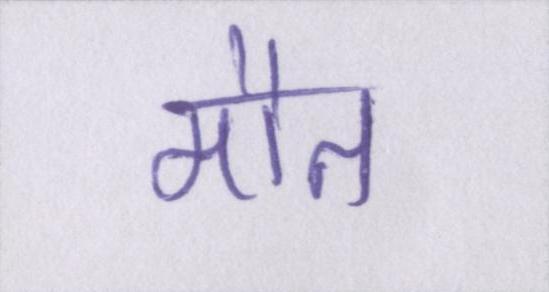
मौत